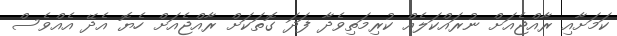
ކަމަށާއި ރާއްޖެއަށް ނުރައްކަލެއް ކުރިމަތިވެދާ ފަދަ ގޮތަކަށް ރާއްޖެއަށް ހެޔޮ އެދޭ އެއްވެސް